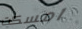
امسكت